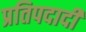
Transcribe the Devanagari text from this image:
प्रतिपदादी